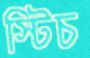
স্টিচ